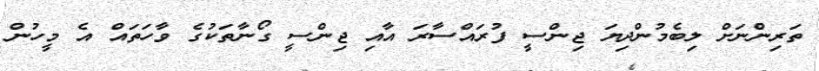
ތަރިންނަށް ލިބެމުންދިޔަ ޖިންސީ ފުރައްސާރަ އާއި ޖިންސީ ގޯނާތަކުގެ ވާހަތައް އެ މީހުން